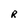
Character: R